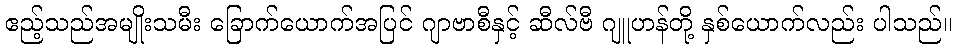
ဧည့်သည်အမျိုးသမီး ခြောက်ယောက်အပြင် ဂျာဗာစီနှင့် ဆီလ်ဗီ ဂျူဟန်တို့ နှစ်ယောက်လည်း ပါသည်။